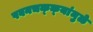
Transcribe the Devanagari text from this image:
पवनचक्‍क्‍यांमुळे